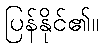
ပြန်နိုင်၏။